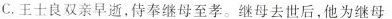
C.王士良双亲早逝，侍奉继母至孝。继母去世后，他为继母